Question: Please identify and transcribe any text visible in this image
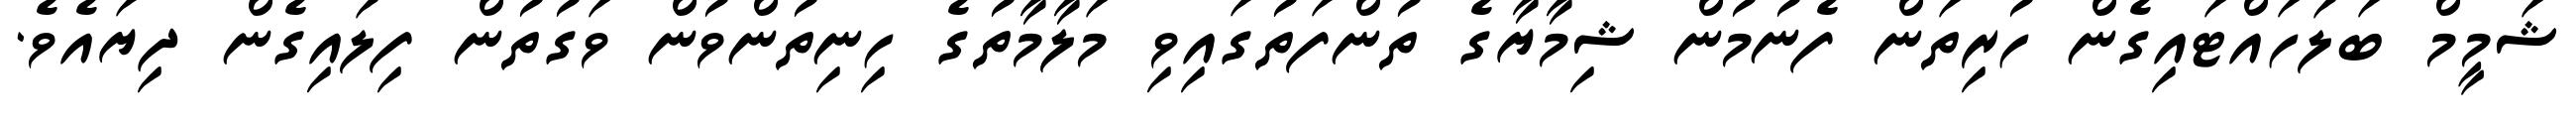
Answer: ޝަމީމް ބަލަހައްޓައިގެން ހުރިތަން ފެނުމުން ޝިމާޔާގެ ތުންފަތުގައިވި މަލާމާތުގެ ހިނިތުންވުން ވަގުތުން ފިލައިގެން ދިޔައެވެ.